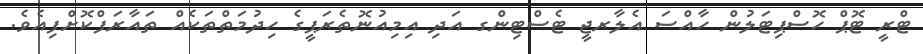
ޓްރީ ޓޮޕް ހޮސްޕިޓަލުން ހާއްސަ އެލާރޖީ ޓެސްޓިންގ އަދި އިމިއުނޮތެރަޕީގެ ހިދުމަތްތަކެއް ތައާރަފްކޮށްފިއެވެ.